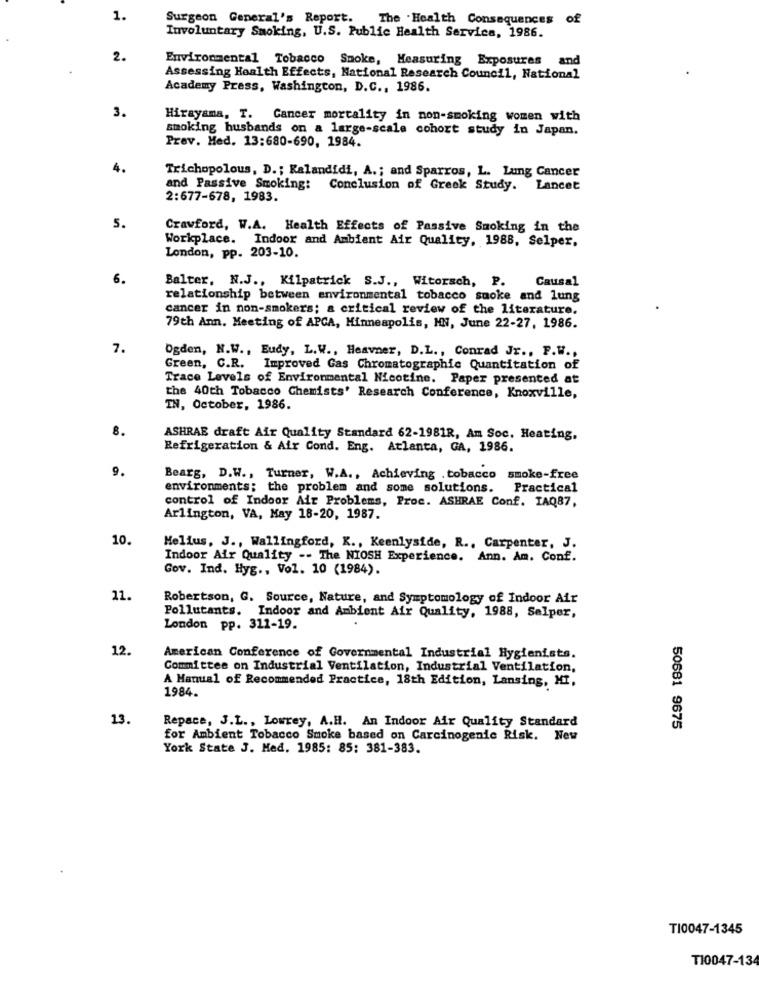
1.
Surgeon General's Report. The Health Consequences
Involuntary Smoking, U.S. Public Health Service, 1986.
2.
Environmental Tobacco Smoke, Measuring Exposures and
Assessing Health Effects, National Research Council, National
Academy Press, Washington, D.C ., 1986.
3.
Hirayama, T. Cancer mortality in non-smoking women with
smoking husbands on a large-scale cohort study in Japan.
Prev. Med. 13:680-690, 1984.
4.
Trichopolous, D. ; Kalandidi, A .; and Sparros, L. Lung Cancer
and Passive Smoking: Conclusion of Greek Study. Lancet
2:677-678, 1983.
5.
Crawford, W.A. Health Effects of Passive Smoking in the
Workplace. Indoor and Ambiant Air Quality, 1988, Selper,
London, pp. 203-10.
6.
Causal
Balter, N.J ., Kilpatrick S.J ., Witorsch, P.
relationship between environmental tobacco suoke and lung
cancer in non-smokers; a critical review of the literature.
79th Ann. Meeting of APCA, Minneapolis, MN, June 22-27, 1986.
7.
Ogden, N.W ., Eudy, L.W ., Heavner, D.L ., Conrad Jr ., P.W .,
Green, C.R. Improved Gas Chromatographic Quantitation of
Trace Levels of Environmental Nicotine. Paper presented at
the 40th Tobacco Chemists' Research Conference, Knoxville,
IN, October, 1986.
8.
ASHRAE draft Air Quality Standard 62-1981R, Am Soc. Heating,
Refrigeration & Air Cond. Eng. Atlanta, GA, 1986.
9.
Bearg, D.W ., Turner, W.A ., Achieving .tobacco smoke-free
environments; the problem and some solutions.
Practical
control of Indoor Air Problems, Proc. ASHRAE Conf. IAQ87,
Arlington, VA, May 18-20, 1987.
10.
Melius, J ., Wallingford, K ., Keenlyside, R ., Carpenter, J.
Indoor Air Quality -- The NIOSH Experience. Ann. Am. Conf.
Gov. Ind. Hyg ., Vol. 10 (1984).
21.
Robertson, G. Source, Nature, and Symptomology of Indoor Air
Pollutants. Indoor and Ambient Air Quality, 1988, Salper,
London pp. 311-19.
12.
American Conference of Governmental Industrial Hygienists.
Committee on Industrial Ventilation, Industrial Ventilation,
A Manual of Recommended Practice, 18th Edition, Lansing, MI,
1984.
13.
Repace, J.L ., Lowrey, A.H. An Indoor Air Quality Standard
50681 9675
for Ambient Tobacco Smoke based on Carcinogenic Risk. New
York State J. Med. 1985: 85: 381-383.
TI0047-1345
TI0047-134